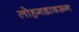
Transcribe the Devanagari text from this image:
लोहगडावरून